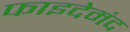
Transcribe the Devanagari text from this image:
फाइदेमंद